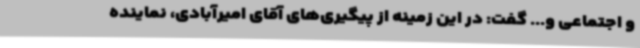
و اجتماعی و... گفت: در این زمینه از پیگیری‌های آقای امیرآبادی، نماینده